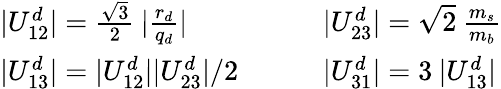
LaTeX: \begin{array}{llll}{{|U_{12}^{d}|=\frac{\sqrt 3}2\: |\frac{r_{d}}{q_{d}}|}}&{{}}&{{}}&{{|U_{23}^{d}|=\sqrt 2\: \frac{m_{s}}{m_{b}}}}\\ {{|U_{13}^{d}|=|U_{12}^{d}||U_{23}^{d}|/2}}&{{}}&{{}}&{{|U_{31}^{d}|=3\: |U_{13}^{d}|}}\end{array}